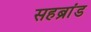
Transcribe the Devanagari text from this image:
सहब्रांड